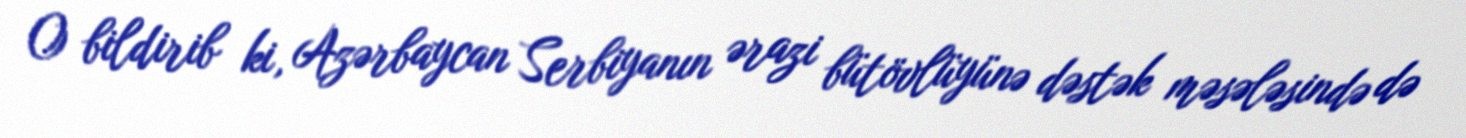
O bildirib ki, Azərbaycan Serbiyanın ərazi bütövlüyünə dəstək məsələsində də